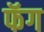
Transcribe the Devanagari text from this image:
फॅग